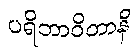
ပရိဘာဝိတာနိ